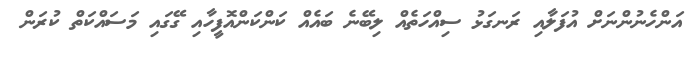
އަންހެނުންނަށް އުފަލާއި ރަނގަޅު ސިއްހަތެއް ލިބޭނެ ބައެއް ކަންކަންއޮފީހާއި ގޭގައި މަސައްކަތް ކުރަން